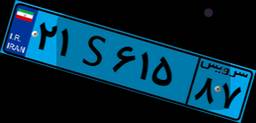
۳۶S۲۴۹۰۸